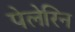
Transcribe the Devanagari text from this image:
पेलेरिन